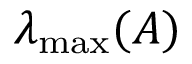
\lambda _ { \operatorname* { m a x } } ( A )